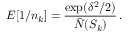
E [ 1 / n _ { k } ] = \frac { \exp ( \delta ^ { 2 } / 2 ) } { \bar { N } ( S _ { k } ) } \, .